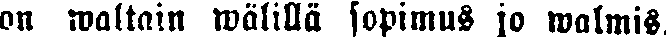
on waltain wälilla sopimus jo walmis.